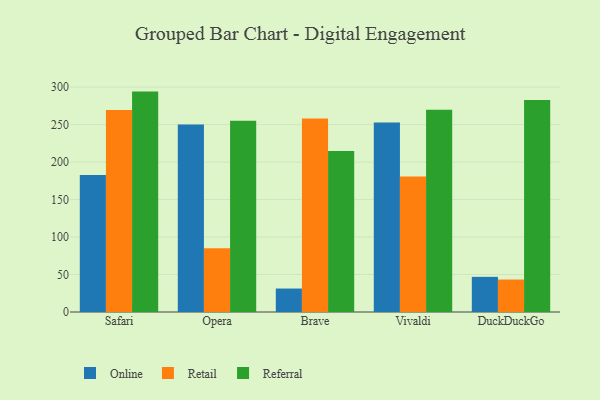
{"axis": {"x": "Browser", "y": "Tickets Resolved"}, "legend": ["Online", "Referral", "Retail"], "data": [{"x": "Safari", "y": 182.6, "type": "Online"}, {"x": "Safari", "y": 269.5, "type": "Retail"}, {"x": "Safari", "y": 294.0, "type": "Referral"}, {"x": "Opera", "y": 250.2, "type": "Online"}, {"x": "Opera", "y": 85.0, "type": "Retail"}, {"x": "Opera", "y": 255.0, "type": "Referral"}, {"x": "Brave", "y": 31.3, "type": "Online"}, {"x": "Brave", "y": 258.0, "type": "Retail"}, {"x": "Brave", "y": 214.6, "type": "Referral"}, {"x": "Vivaldi", "y": 252.8, "type": "Online"}, {"x": "Vivaldi", "y": 180.7, "type": "Retail"}, {"x": "Vivaldi", "y": 269.8, "type": "Referral"}, {"x": "DuckDuckGo", "y": 46.9, "type": "Online"}, {"x": "DuckDuckGo", "y": 43.3, "type": "Retail"}, {"x": "DuckDuckGo", "y": 282.8, "type": "Referral"}]}